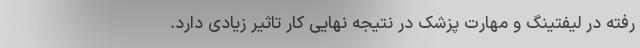
رفته در لیفتینگ و مهارت پزشک در نتیجه نهایی کار تاثیر زیادی دارد.